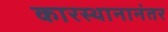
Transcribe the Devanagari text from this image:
कारस्थानानंतर